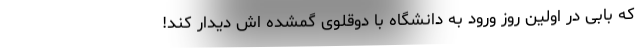
که بابی در اولین روز ورود به دانشگاه با دوقلوی گمشده اش دیدار کند!